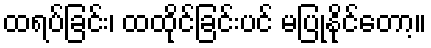
ထရပ်ခြင်း၊ ထထိုင်ခြင်းပင် မပြုနိုင်တော့။